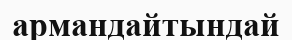
армандайтындай